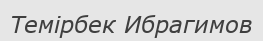
Темірбек Ибрагимов